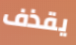
يقذف